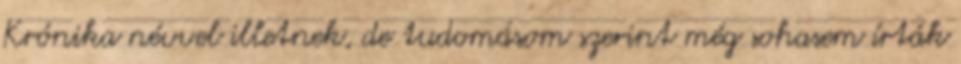
Krónika névvel illetnek, de tudomásom szerint még sohasem írták